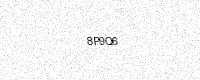
Text: 8P9Q6